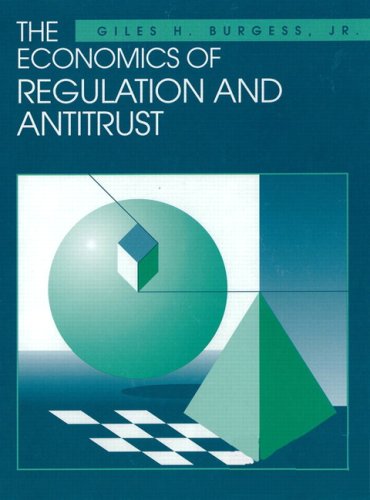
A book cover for The Economics of Regulation and Antitrust; Giles H. Burgess; Law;